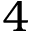
4